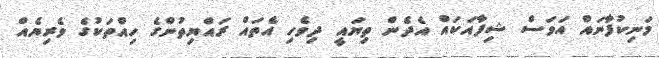
މަނިކުފާނައް އަވަސް ޝިފާއަކައް އެދެން ތިޔައީ ދިވެހި އެތައް ރައްޔިތުންގެ ހިއްތަކުގެ ވެރިޔެއް